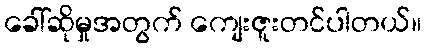
ခေါ်ဆိုမှုအတွက် ကျေးဇူးတင်ပါတယ်။